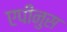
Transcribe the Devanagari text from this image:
एपीनुस